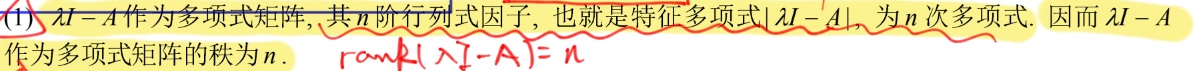
(1) $\lambda I - A$作为多项式矩阵, 其$n$阶行列式因子, 也就是特征多项式$|\lambda I - A|$, 为$n$次多项式. 因而$\lambda I - A$作为多项式矩阵的秩为$n$. $\text{rank}(\lambda I - A)=n$